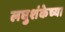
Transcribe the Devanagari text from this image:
लघुशंकेच्या